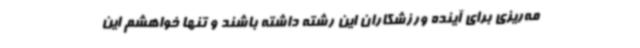
مه‌ریزی برای آینده ورزشکاران این رشته داشته باشند و تنها خواهشم این